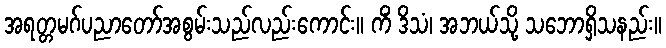
အရတ္တမဂ်ပညာတော်အစွမ်းသည်လည်းကောင်း။ ကိံ ဒိသံ၊ အဘယ်သို့ သဘောရှိသနည်း။